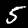
Label: 5